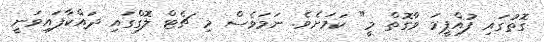
ގޮތުގައި ފުއްޕީމަ ވާގޮތް މީ" ކަމަށެވެ. ނަމަވެސް މި ޗެޓް ލޮގްގައި ދައްކާފައިވަނީ